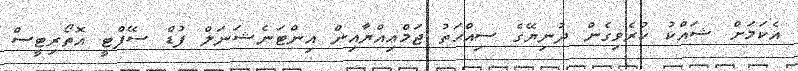
އެކަމަށް ޝައްކު ކުރެވިގެން ދުނިޔޭގެ ސިއްޙަތު ޖަމްޢިއްޔާއިން އިންޓަނެޝަނަލް ފުޑް ސޭފްޓީ އޮތޯރިޓީސް